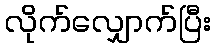
လိုက်လျှောက်ပြီး